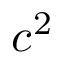
c ^ { 2 }